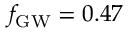
\ensuremath { f _ { \mathrm { G W } } } = 0 . 4 7